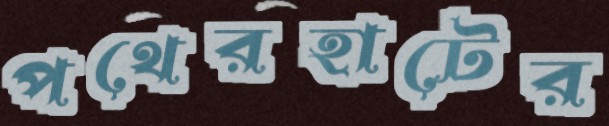
পথেরহাটের